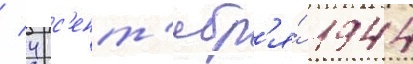
/ 4 с'ент'ябр'я́ 1944